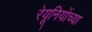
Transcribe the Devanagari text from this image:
रेयूनियोंच्या